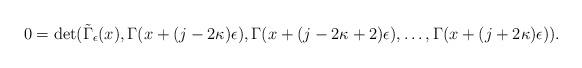
LaTeX: \begin{align*} 0 = \det(\tilde{\Gamma}_\epsilon(x), \Gamma(x + (j-2\kappa)\epsilon), \Gamma(x + (j - 2 \kappa + 2)\epsilon), \dots, \Gamma(x + (j + 2 \kappa)\epsilon)).\end{align*}